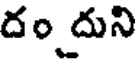
దం దుని